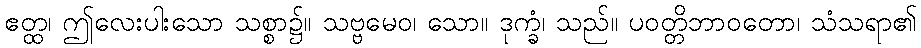
ဧတ္ထ၊ ဤလေးပါးသော သစ္စာ၌။ သဗ္ဗမေဝ၊ သော။ ဒုက္ခံ၊ သည်။ ပဝတ္တိဘာဝတော၊ သံသရာ၏